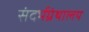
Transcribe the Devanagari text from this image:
संदर्भग्रंथालय